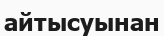
айтысуынан